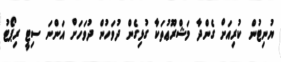
ޔުނިޓުން ކުރިއަށް ގެންދާ މަޝްރޫޢުތަކާ ގުޅިގެން ދުވަހުން ދުވަހަށް އަންނަ ސިޓީ ރިޕޯޓު